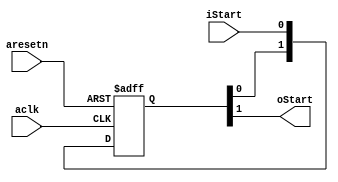
module Delay_2(
	input  aclk,
	input  aresetn,
	input  iStart,
	output oStart
);

reg [1:0] Start_Delay; // 

always @(posedge aclk or negedge aresetn) begin
    if(!aresetn) begin
        Start_Delay <= 0;
    end
    else begin
        Start_Delay[0] <= iStart;
        Start_Delay[1] <= Start_Delay[0];
    end
end

assign oStart = Start_Delay[1];

endmodule